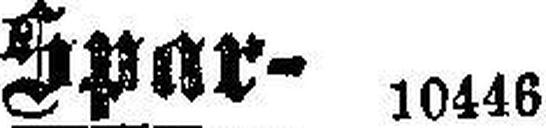
Spar- 10446